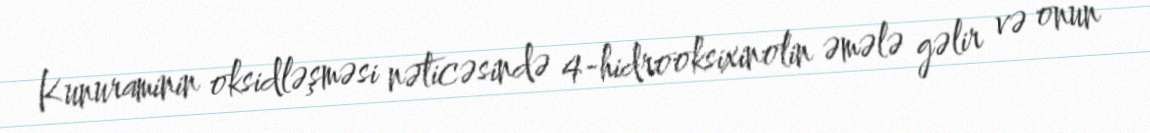
Kunuraminin oksidləşməsi nəticəsində 4-hidrooksixinolin əmələ gəlir və onun